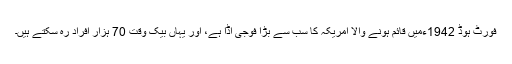
فورٹ ہوڈ 1942ءمیں قائم ہونے والا امریکہ کا سب سے بڑا فوجی اڈا ہے، اور یہاں بیک وقت 70 ہزار افراد رہ سکتے ہیں۔